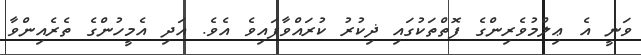
ވަނީ އެ ޢިލްމުވެރިންގެ ފޮތްތަކުގައި ޛިކުރު ކުރައްވާފައިވެ އެވެ. އަދި އެމީހުންގެ ތެރެއިންވާ